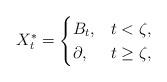
LaTeX: \begin{align*}X^*_t= \begin{cases} B_t,&t<\zeta, \\\partial, &t\geq \zeta, \end{cases}\end{align*}